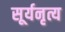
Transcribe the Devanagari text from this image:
सूर्यनृत्य